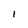
Character: l